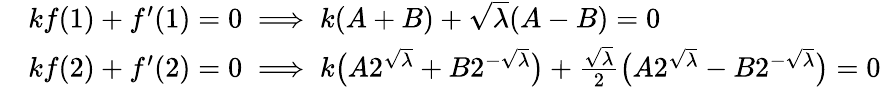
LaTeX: \begin{array}{rl}&{kf(1)+f^{\prime}(1)=0\implies k(A+B)+\sqrt\lambda(A-B)=0}\\ &{kf(2)+f^{\prime}(2)=0\implies k\big(A2^{\sqrt\lambda}+B2^{-\sqrt{\lambda}}\big)+\frac{\sqrt\lambda}{2}\big(A2^{\sqrt\lambda}-B2^{-\sqrt{\lambda}}\big)=0}\end{array}